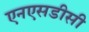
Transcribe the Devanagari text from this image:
एनएसडीसी